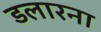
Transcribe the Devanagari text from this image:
डलारना